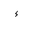
Letter: _hamza